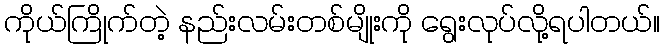
ကိုယ်ကြိုက်တဲ့ နည်းလမ်းတစ်မျိုးကို ရွေးလုပ်လို့ရပါတယ်။